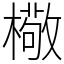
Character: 㯳